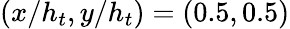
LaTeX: (x/h_{t},y/h_{t})=(0.5,0.5)